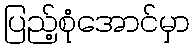
ပြည့်စုံအောင်မှာ